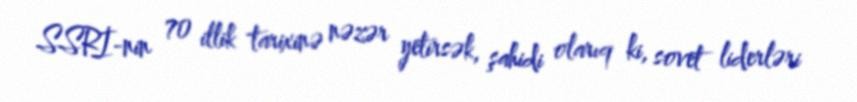
SSRİ-nin 70 illik tarixinə nəzər yetirsək, şahidi olarıq ki, sovet liderləri